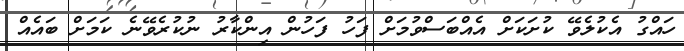
ހައްގު އެކުލެވޭ ކުށަކަށް އެއްބަސްވުމަށް ފަހު ފަހުން އިންކާރު ނުކުރެވޭނެ ކަމަށް ބައެއް